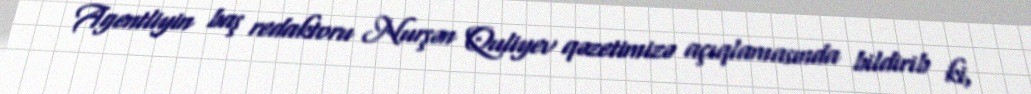
Agentliyin baş redaktoru Nurşən Quliyev qəzetimizə açıqlamasında bildirib ki,